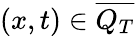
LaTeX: (x,t)\in\overline{{Q_{T}}}